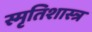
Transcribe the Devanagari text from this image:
स्मृतिशास्त्र